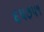
૬૫૭૫૧